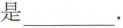
最小值是___.